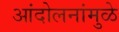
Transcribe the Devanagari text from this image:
आंदोलनांमुळे